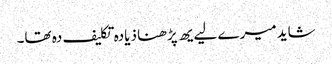
شاید میرے لیےیھ پڑھنا ذیادہ تکلیف دہ تھا۔